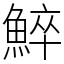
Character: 䱣